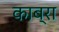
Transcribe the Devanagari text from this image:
काब्रा